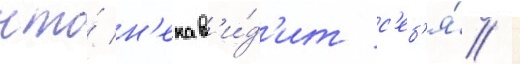
что́ н'енав'и́д'ит с'еб'я́ /